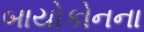
બાયોકોનના